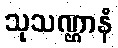
သုသဏ္ဌာနံ